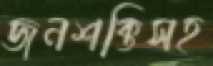
জনশক্তিসহ